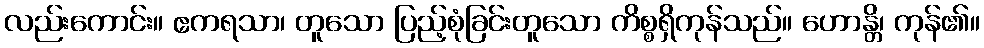
လည်းကောင်း။ ဧကရသာ၊ တူသော ပြည့်စုံခြင်းတူသော ကိစ္စရှိကုန်သည်။ ဟောန္တိ၊ ကုန်၏။